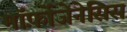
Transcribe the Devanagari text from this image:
मॉर्फ़ोजेनेसिस